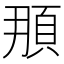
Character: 𩑫